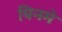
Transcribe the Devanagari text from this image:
यिनमे